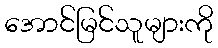
အောင်မြင်သူများကို